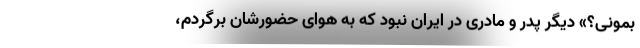
بمونی؟» دیگر پدر و مادری در ایران نبود که به هوای حضورشان برگردم،